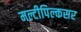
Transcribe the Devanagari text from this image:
मल्टीपिल्कसर